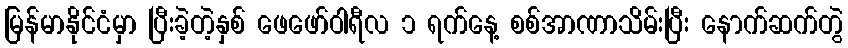
မြန်မာနိုင်ငံမှာ ပြီးခဲ့တဲ့နှစ် ဖေဖော်ဝါရီလ ၁ ရက်နေ့ စစ်အာဏာသိမ်းပြီး နောက်ဆက်တွဲ